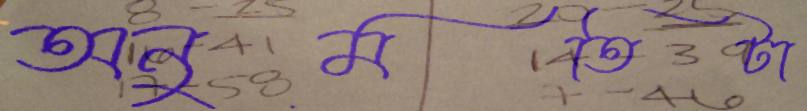
অনুমতিটা